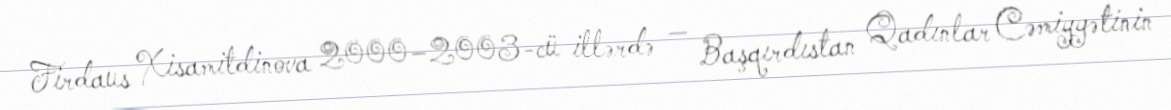
Firdaus Xisamitdinova 2000–2003-cü illərdə — Başqırdıstan Qadınlar Cəmiyyətinin